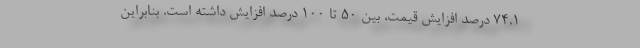
۷۴.۱ درصد افزایش قیمت، بین ۵۰ تا ۱۰۰ درصد افزایش داشته است. بنابراین